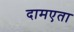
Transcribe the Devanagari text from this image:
दामएता